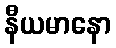
နီယမာနော